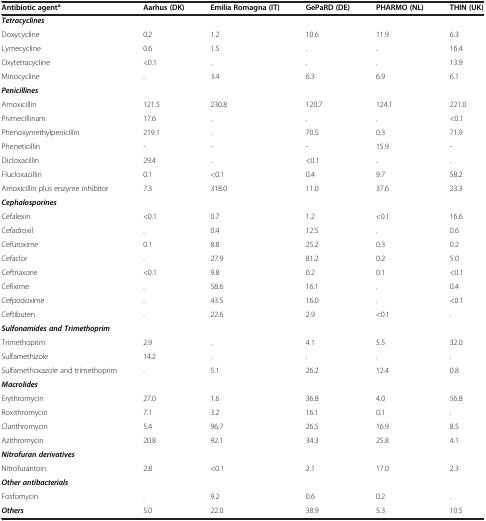
<table><thead><tr><td><b>Antibiotic agent<sup>a</sup></b></td><td><b>Aarhus (DK)</b></td><td><b>Emilia Romagna (IT)</b></td><td><b>GePaRD (DE)</b></td><td><b>PHARMO (NL)</b></td><td><b>THIN (UK)</b></td></tr></thead><tbody><tr><td><b><i>Tetracyclines</i></b></td><td> </td><td> </td><td> </td><td> </td><td> </td></tr><tr><td>Doxycycline</td><td>0.2</td><td>1.2</td><td>10.6</td><td>11.9</td><td>6.3</td></tr><tr><td>Lymecycline</td><td>0.6</td><td>1.5</td><td>.</td><td>.</td><td>16.4</td></tr><tr><td>Oxytetracycline</td><td>&lt;0.1</td><td>.</td><td>.</td><td>.</td><td>13.9</td></tr><tr><td>Minocycline</td><td>.</td><td>3.4</td><td>6.3</td><td>6.9</td><td>6.1</td></tr><tr><td><b><i>Penicillines</i></b></td><td> </td><td> </td><td> </td><td> </td><td> </td></tr><tr><td>Amoxicillin</td><td>121.5</td><td>230.8</td><td>120.7</td><td>124.1</td><td>221.0</td></tr><tr><td>Pivmecillinam</td><td>17.6</td><td>.</td><td>.</td><td>.</td><td>&lt;0.1</td></tr><tr><td>Phenoxymethylpenicillin</td><td>219.1</td><td>.</td><td>70.5</td><td>0.3</td><td>71.9</td></tr><tr><td>Pheneticillin</td><td>-</td><td>-</td><td>-</td><td>15.9</td><td>-</td></tr><tr><td>Dicloxacillin</td><td>29.4</td><td>.</td><td>&lt;0.1</td><td>.</td><td>.</td></tr><tr><td>Flucloxacillin</td><td>0.1</td><td>&lt;0.1</td><td>0.4</td><td>9.7</td><td>58.2</td></tr><tr><td>Amoxicillin plus enzyme inhibitor</td><td>7.3</td><td>318.0</td><td>11.0</td><td>37.6</td><td>23.3</td></tr><tr><td><b><i>Cephalosporines</i></b></td><td> </td><td> </td><td> </td><td> </td><td> </td></tr><tr><td>Cefalexin</td><td>&lt;0.1</td><td>0.7</td><td>1.2</td><td>&lt;0.1</td><td>16.6</td></tr><tr><td>Cefadroxil</td><td>.</td><td>0.4</td><td>12.5</td><td>.</td><td>0.6</td></tr><tr><td>Cefuroxime</td><td>0.1</td><td>8.8</td><td>25.2</td><td>0.3</td><td>0.2</td></tr><tr><td>Cefaclor</td><td>.</td><td>27.9</td><td>81.2</td><td>0.2</td><td>5.0</td></tr><tr><td>Ceftriaxone</td><td>&lt;0.1</td><td>9.8</td><td>0.2</td><td>0.1</td><td>&lt;0.1</td></tr><tr><td>Cefixime</td><td>.</td><td>58.6</td><td>16.1</td><td>.</td><td>0.4</td></tr><tr><td>Cefpodoxime</td><td>.</td><td>43.5</td><td>16.0</td><td>.</td><td>&lt;0.1</td></tr><tr><td>Ceftibuten</td><td>.</td><td>22.6</td><td>2.9</td><td>&lt;0.1</td><td>.</td></tr><tr><td><b><i>Sulfonamides and Trimethoprim</i></b></td><td> </td><td> </td><td> </td><td> </td><td> </td></tr><tr><td>Trimethoprim</td><td>2.9</td><td>.</td><td>4.1</td><td>5.5</td><td>32.0</td></tr><tr><td>Sulfamethizole</td><td>14.2</td><td>.</td><td>.</td><td>.</td><td>.</td></tr><tr><td>Sulfamethoxazole and trimethoprim</td><td>.</td><td>5.1</td><td>26.2</td><td>12.4</td><td>0.8</td></tr><tr><td><b><i>Macrolides</i></b></td><td> </td><td> </td><td> </td><td> </td><td> </td></tr><tr><td>Erythromycin</td><td>27.0</td><td>1.6</td><td>36.8</td><td>4.0</td><td>56.8</td></tr><tr><td>Roxithromycin</td><td>7.1</td><td>3.2</td><td>16.1</td><td>0.1</td><td>.</td></tr><tr><td>Clarithromycin</td><td>5.4</td><td>96.7</td><td>26.5</td><td>16.9</td><td>8.5</td></tr><tr><td>Azithromycin</td><td>20.8</td><td>92.1</td><td>34.3</td><td>25.8</td><td>4.1</td></tr><tr><td><b><i>Nitrofuran derivatives</i></b></td><td> </td><td> </td><td> </td><td> </td><td> </td></tr><tr><td>Nitrofurantoin</td><td>2.8</td><td>&lt;0.1</td><td>2.1</td><td>17.0</td><td>2.3</td></tr><tr><td><b><i>Other antibacterials</i></b></td><td> </td><td> </td><td> </td><td> </td><td> </td></tr><tr><td>Fosfomycin</td><td>.</td><td>9.2</td><td>0.6</td><td>0.2</td><td>.</td></tr><tr><td><b><i>Others</i></b></td><td>5.0</td><td>22.0</td><td>38.9</td><td>5.3</td><td>10.5</td></tr></tbody></table>